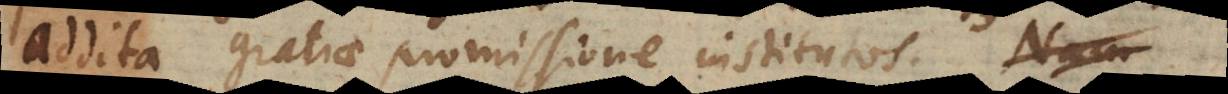
addita gratiae promissione institutos.